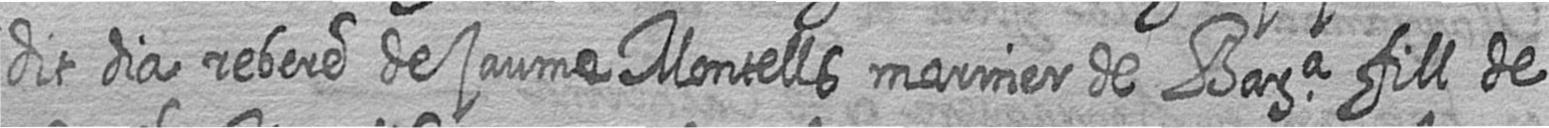
dit dia rebere de jaume Montells mariner de Bara fill de